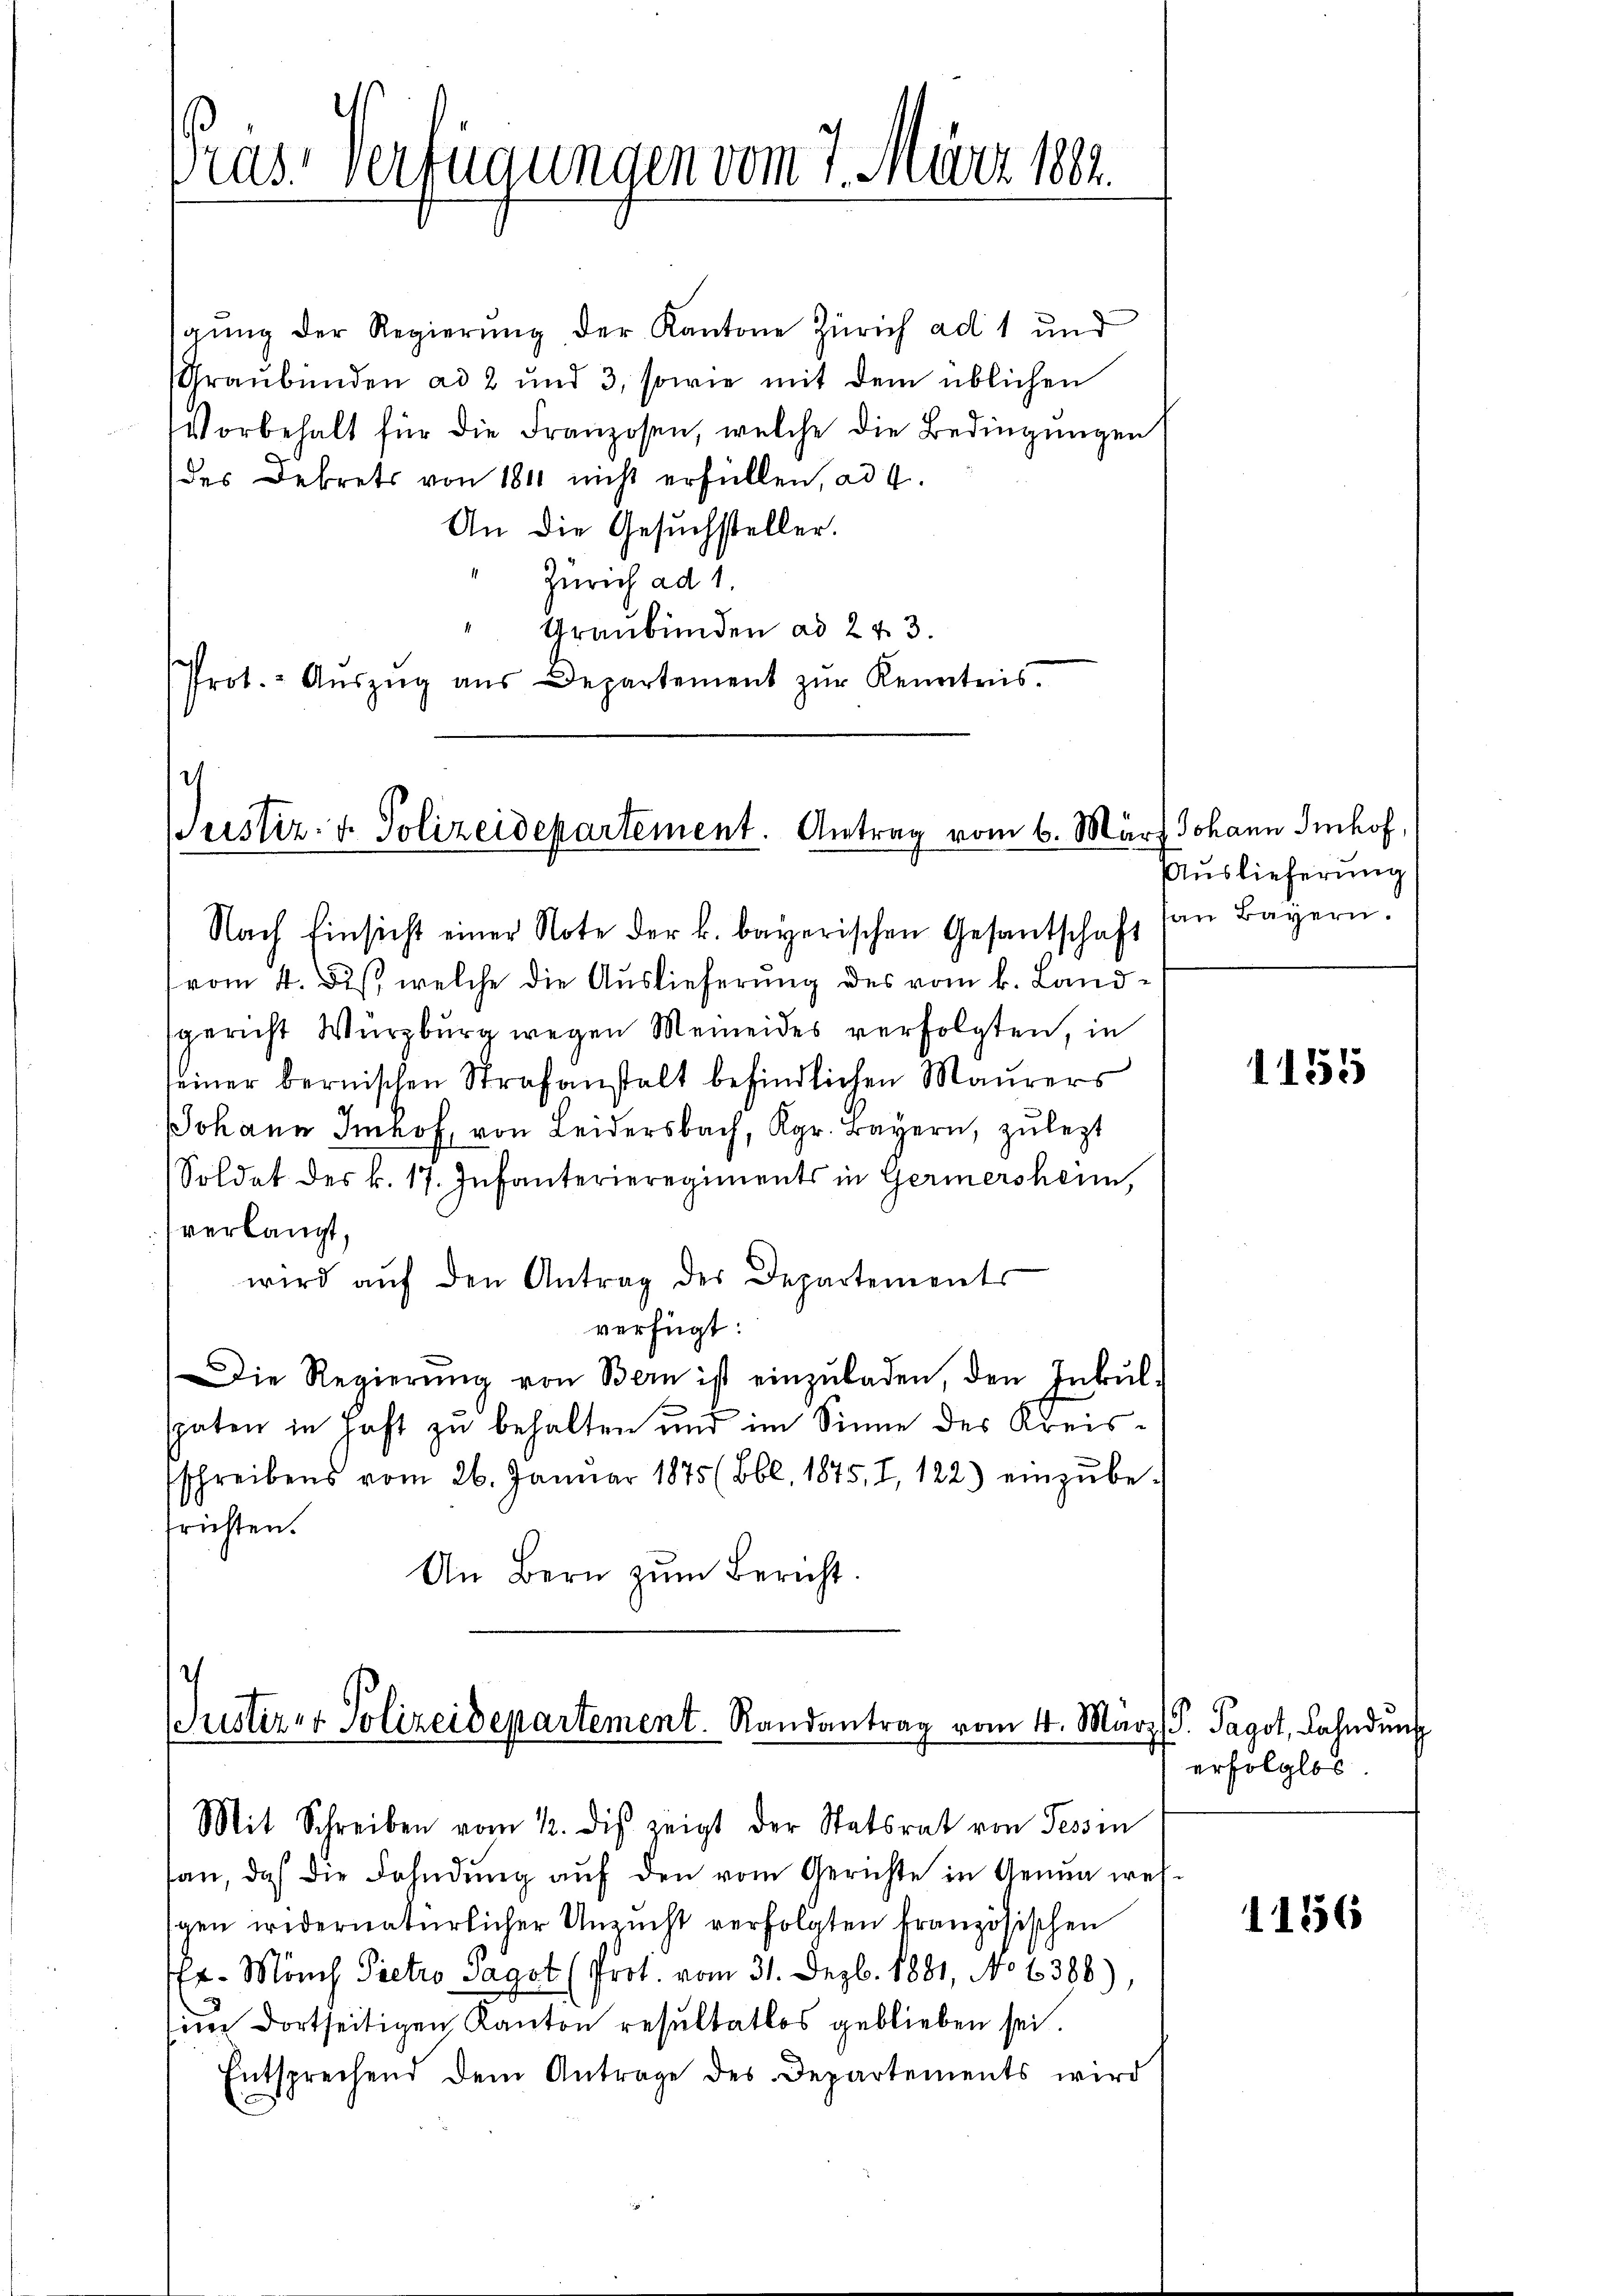
ras. Verfügungen vom 7. März 1882.

gŭng der Regierŭng der Kantone Zürich ad 1 und
Graubünden ad 2 und 3, sowie mit dem üblichen
Vorbehalt für die Franzosen, welche die Bedingungen
des Dekrets von 1811 nicht erfüllen, ad 4.
An die Gesuchsteller.
Zürich ad 1.
Graubünden ad 243.
Prot. - Aŭszŭg aŭs Departement zŭr Kenntnis.

pustiz- & Polizeidepartement. Antrag vom 6. März Johann Imhof,

Nach Einsicht einer Note der k. bayerischen Gesantschaft von Bayern
vom 4. Des, welche die Auslieferung des vom k. Landsgericht Würzburg wegen Meineides verfolgten, in
seiner bernischen Strafanstalt befindlichen Maurers
d
JJohann Imhof, von Leidersbach, Kgr. Bayern, zulezt
Soldat des k. 17. Infanterieregiments in Germersheim,
verlangt,
wird aŭf den Antrag des Departements
verfügt:
Die Regierŭng von Bern ist einzŭladen, den Inkŭl-
spaten in Haft zu behalten und im Sinne des Kreissschreibens vom 26. Janŭar 1875 (Bbl. 1875, 7, 122) einzŭbefrichten.
An Bern zum Bericht.

Puster- & Polizeidepartement. Randantrag vom 4. März S. Pagot, Lahndung
Mit Schreiben vom 12. dis zeigt der Statsrat von Tessin

an, daß die Fahndŭng aŭf den vom Gerichte in Genua wes-
gen wedernatürlicher Unzucht verfolgten Französischen
Er. Münch Pietro Pagot (Prot. vom 31. Dezb. 1881, No 6388),
un dortseitigen Kanton resultatlos geblieben sei.
Entsprechend dem Antrage des Departements wird

Auslieferung

1155

erfolglos

1156